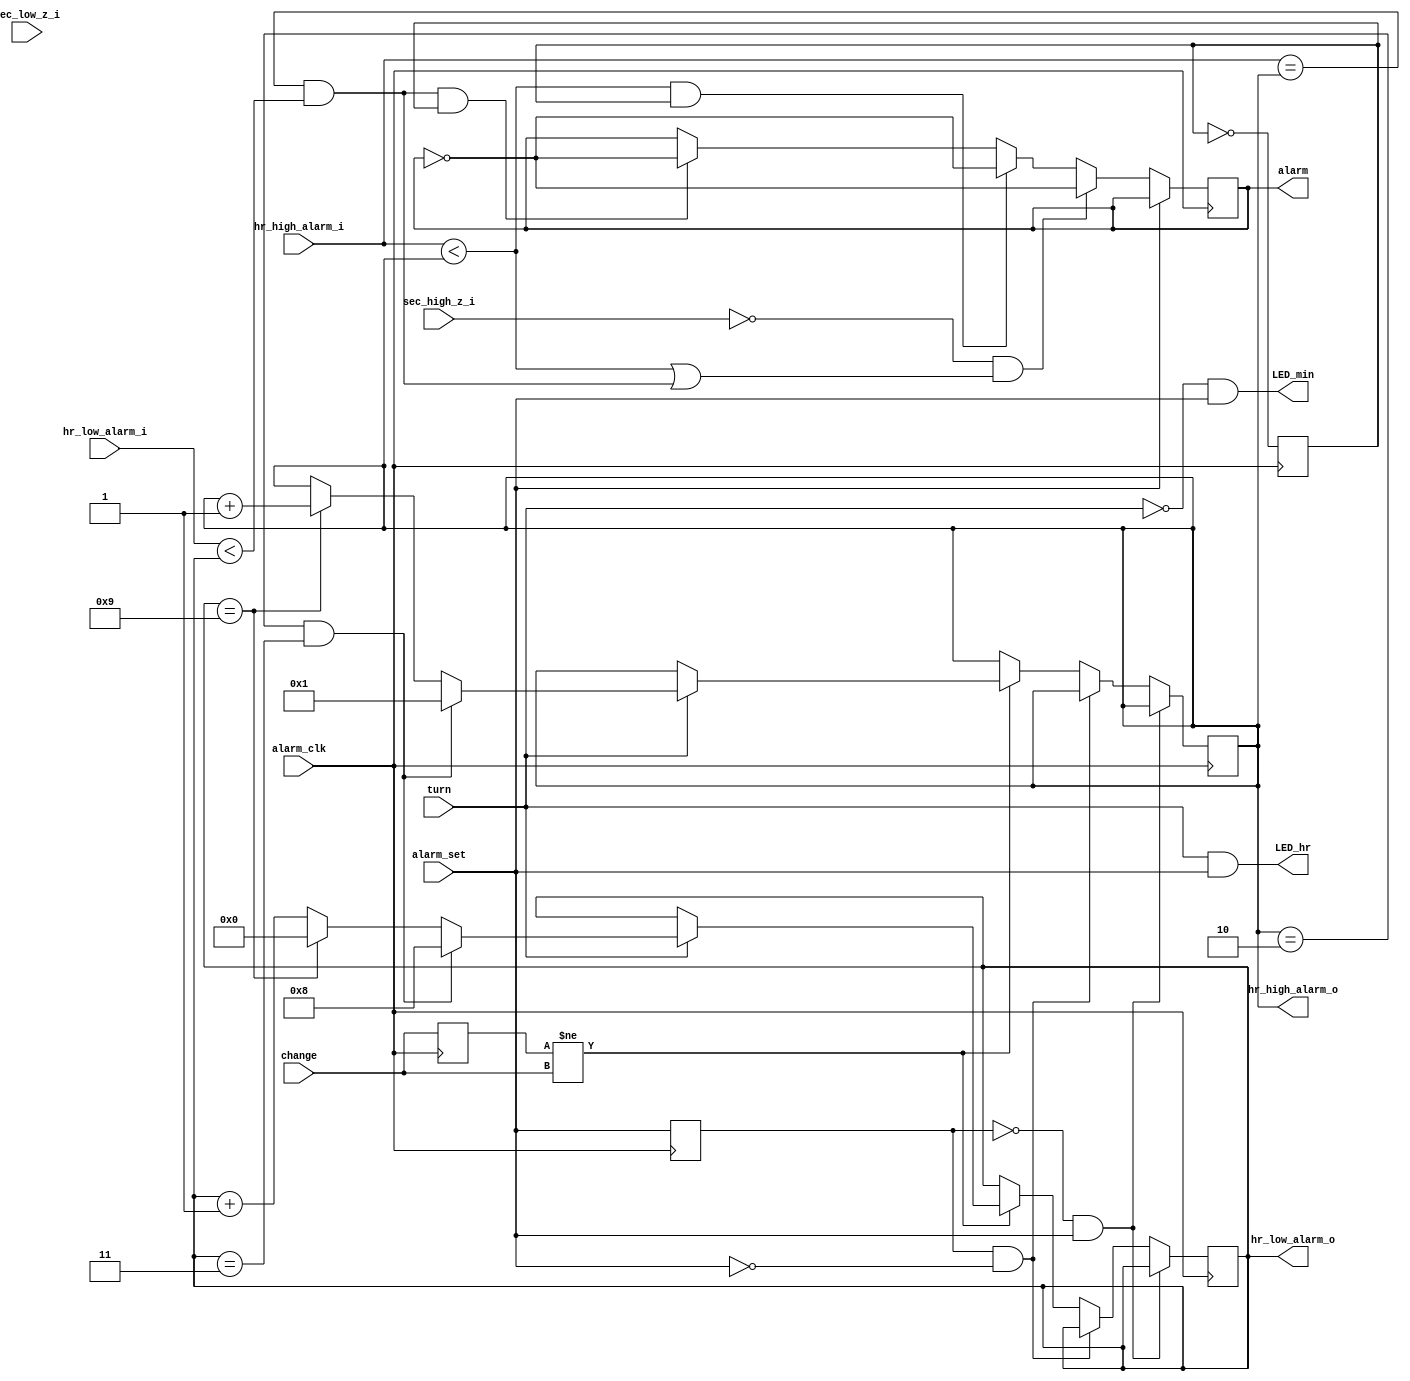
module alarm(alarm_set,alarm,hr_high_alarm_i,hr_low_alarm_i,hr_high_alarm_o,hr_low_alarm_o,sec_high_z_i,sec_low_z_i
,alarm_clk,change,turn,LED_hr,LED_min);
input alarm_set,change,turn,alarm_clk;
input[3:0] hr_high_alarm_i,hr_low_alarm_i,sec_high_z_i,sec_low_z_i;
output alarm,LED_hr,LED_min;
output[3:0] hr_high_alarm_o,hr_low_alarm_o;
reg[3:0] hr_high_alarm_o,hr_low_alarm_o;
reg alarm;
reg change_t,alarm_set_t;
reg alarm_div;

initial
begin
hr_high_alarm_o<=1;
hr_low_alarm_o<=8;
alarm_div<=0;
end



always @(posedge alarm_clk)
begin
change_t<=change;
alarm_set_t<=alarm_set;
end

always @(posedge alarm_clk)  
begin  
    if(alarm_set_t==0&&alarm_set==1);
	else if(alarm_set_t==1&&alarm_set==0);
	else if(change_t!=change)
	begin
    if(turn)  
      begin  
        if((hr_high_alarm_o==2)&&(hr_low_alarm_o==3))  
          begin  
            hr_high_alarm_o<=1;  
            hr_low_alarm_o<=8;  
          end  
        else  
          if(hr_low_alarm_o==9)  
            begin  
              hr_low_alarm_o<=0;  
              hr_high_alarm_o<=hr_high_alarm_o+1;  
            end  
          else  
            hr_low_alarm_o<=hr_low_alarm_o+1;  
      end 
      end 
    end  
	  
always @(posedge alarm_clk)  
begin
alarm_div<=!alarm_div;
if(alarm_set==0)
begin
	if(sec_high_z_i==0&&((hr_high_alarm_i<hr_high_alarm_o)||(hr_high_alarm_i==hr_high_alarm_o&&hr_low_alarm_i<hr_low_alarm_o)))
		alarm<=!alarm; 
	else if(hr_high_alarm_i<hr_high_alarm_o&&alarm_div)
		alarm<=!alarm; 
	else if(hr_high_alarm_i==hr_high_alarm_o&&hr_low_alarm_i<hr_low_alarm_o&&alarm_div)
		alarm<=!alarm;
end
end


assign LED_hr=turn&&alarm_set;
assign LED_min=!turn&&alarm_set;


endmodule